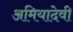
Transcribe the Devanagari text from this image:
अमियादेवी